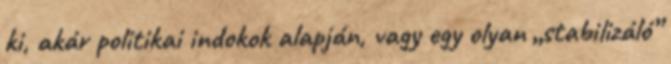
ki, akár politikai indokok alapján, vagy egy olyan „stabilizáló”